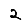
Digit: 2